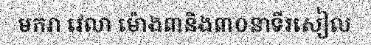
មករា វេលា ម៉ោង៣និង៣០នាទីរសៀល